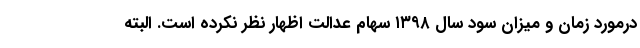
درمورد زمان و میزان سود سال ۱۳۹۸ سهام عدالت اظهار نظر نکرده است. البته